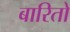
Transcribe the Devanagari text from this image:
बारितो